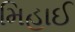
મિહાઈ